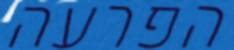
הפרעה